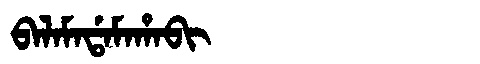
Manchu: ᠪᠠᠯᠠᠮᠠᡩᠠᠮᠠᡥᠠᠪᡳ
Romanization: BALAMADAMAHABI